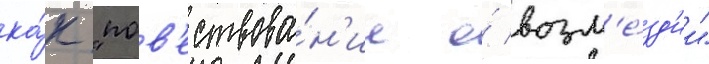
ка́к "пов'ествова́н'ие о́ возм'е́зд'ии"